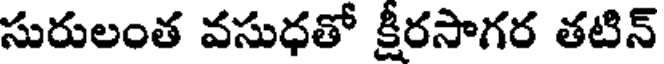
సురులంత వసుధతో క్షీరసాగర తటిన్